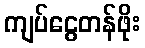
ကျပ်ငွေတန်ဖိုး